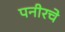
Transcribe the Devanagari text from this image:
पनीरचे